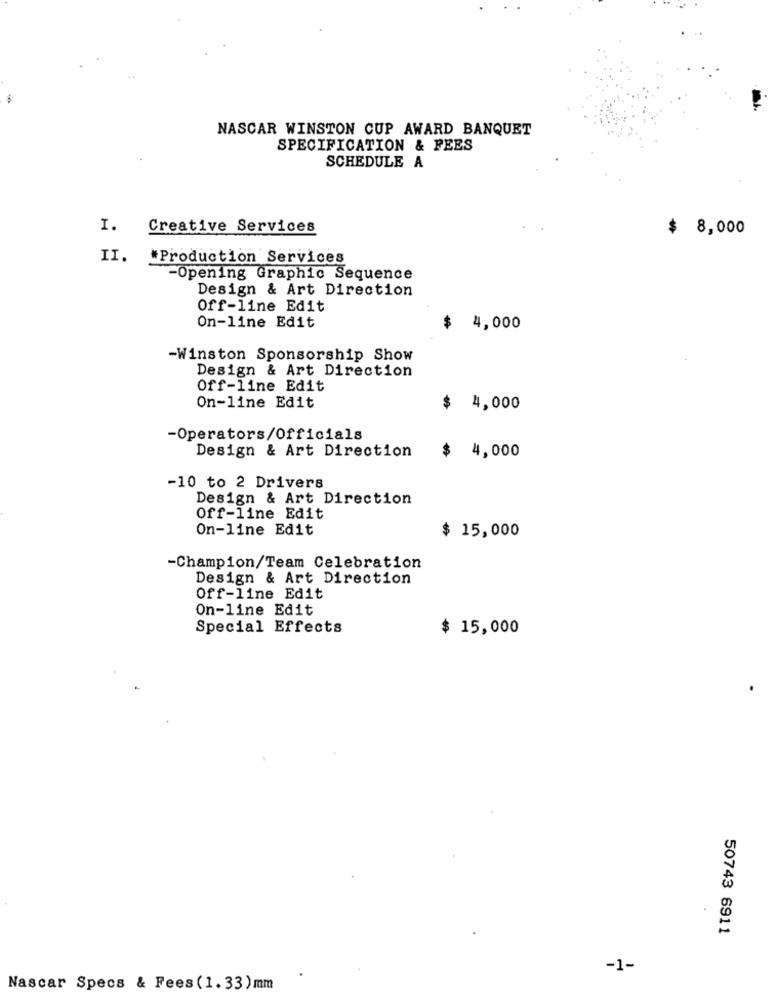
NASCAR WINSTON CUP AWARD BANQUET
SPECIFICATION & FEES
SCHEDULE A
I.
Creative Services
$ 8,000
II. * Production Services
-Opening Graphic Sequence
Design & Art Direction
Off-line Edit
On-line Edit
4,000
-Winston Sponsorship Show
Design & Art Direction
Off-line Edit
On-line Edit
$ 4,000
-Operators/Officials
Design & Art Direction
$
4,000
-10 to 2 Drivers
Design & Art Direction
Off-line Edit
On-line Edit
$ 15,000
-Champion/Team Celebration
Design & Art Direction
Off-line Edit
On-line Edit
Special Effects
$ 15,000
50743 6911
-1-
Nascar Specs & Fees(1.33)mm